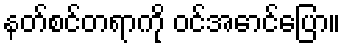
နတ်စင်တရာကို ဝင်အောင်ပြော။